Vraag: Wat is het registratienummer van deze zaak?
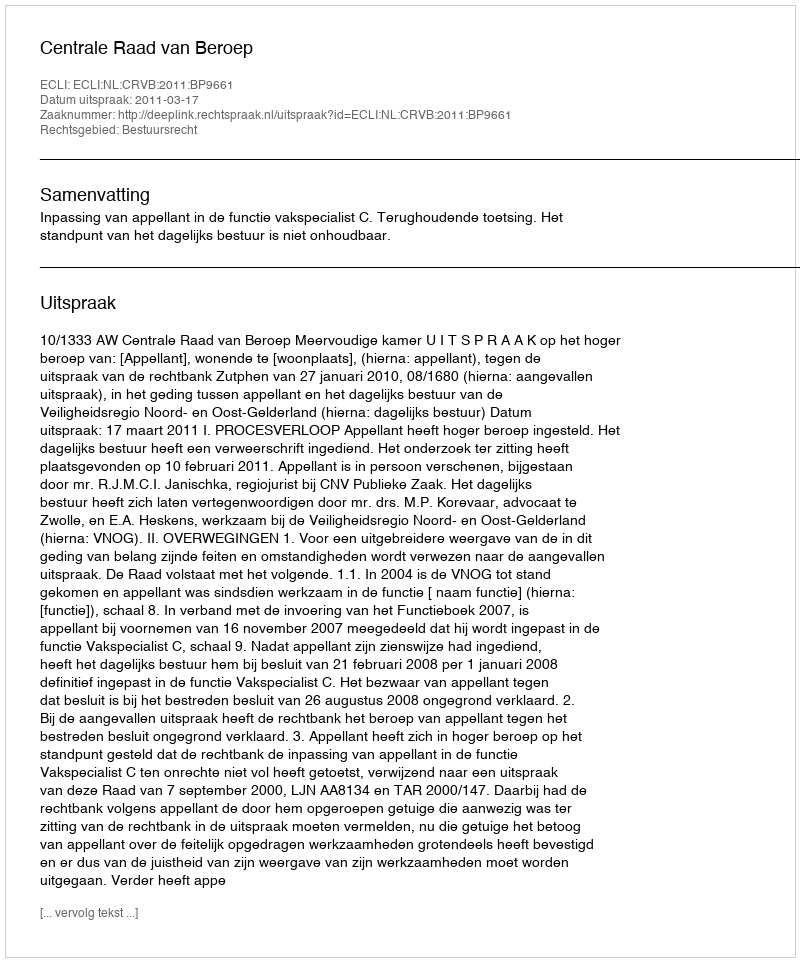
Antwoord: http://deeplink.rechtspraak.nl/uitspraak?id=ECLI:NL:CRVB:2011:BP9661